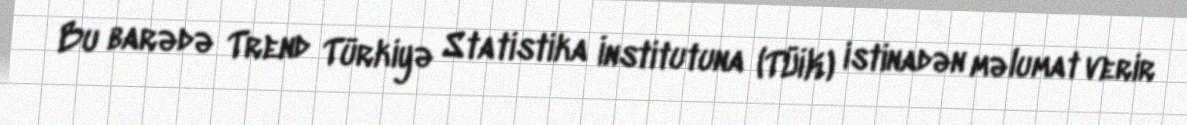
Bu barədə Trend Türkiyə Statistika İnstitutuna (TÜİK) istinadən məlumat verir